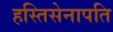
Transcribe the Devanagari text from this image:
हस्तिसेनापति